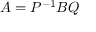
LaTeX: A = P ^ { - 1 } B Q